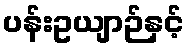
ပန်းဥယျာဉ်နှင့်